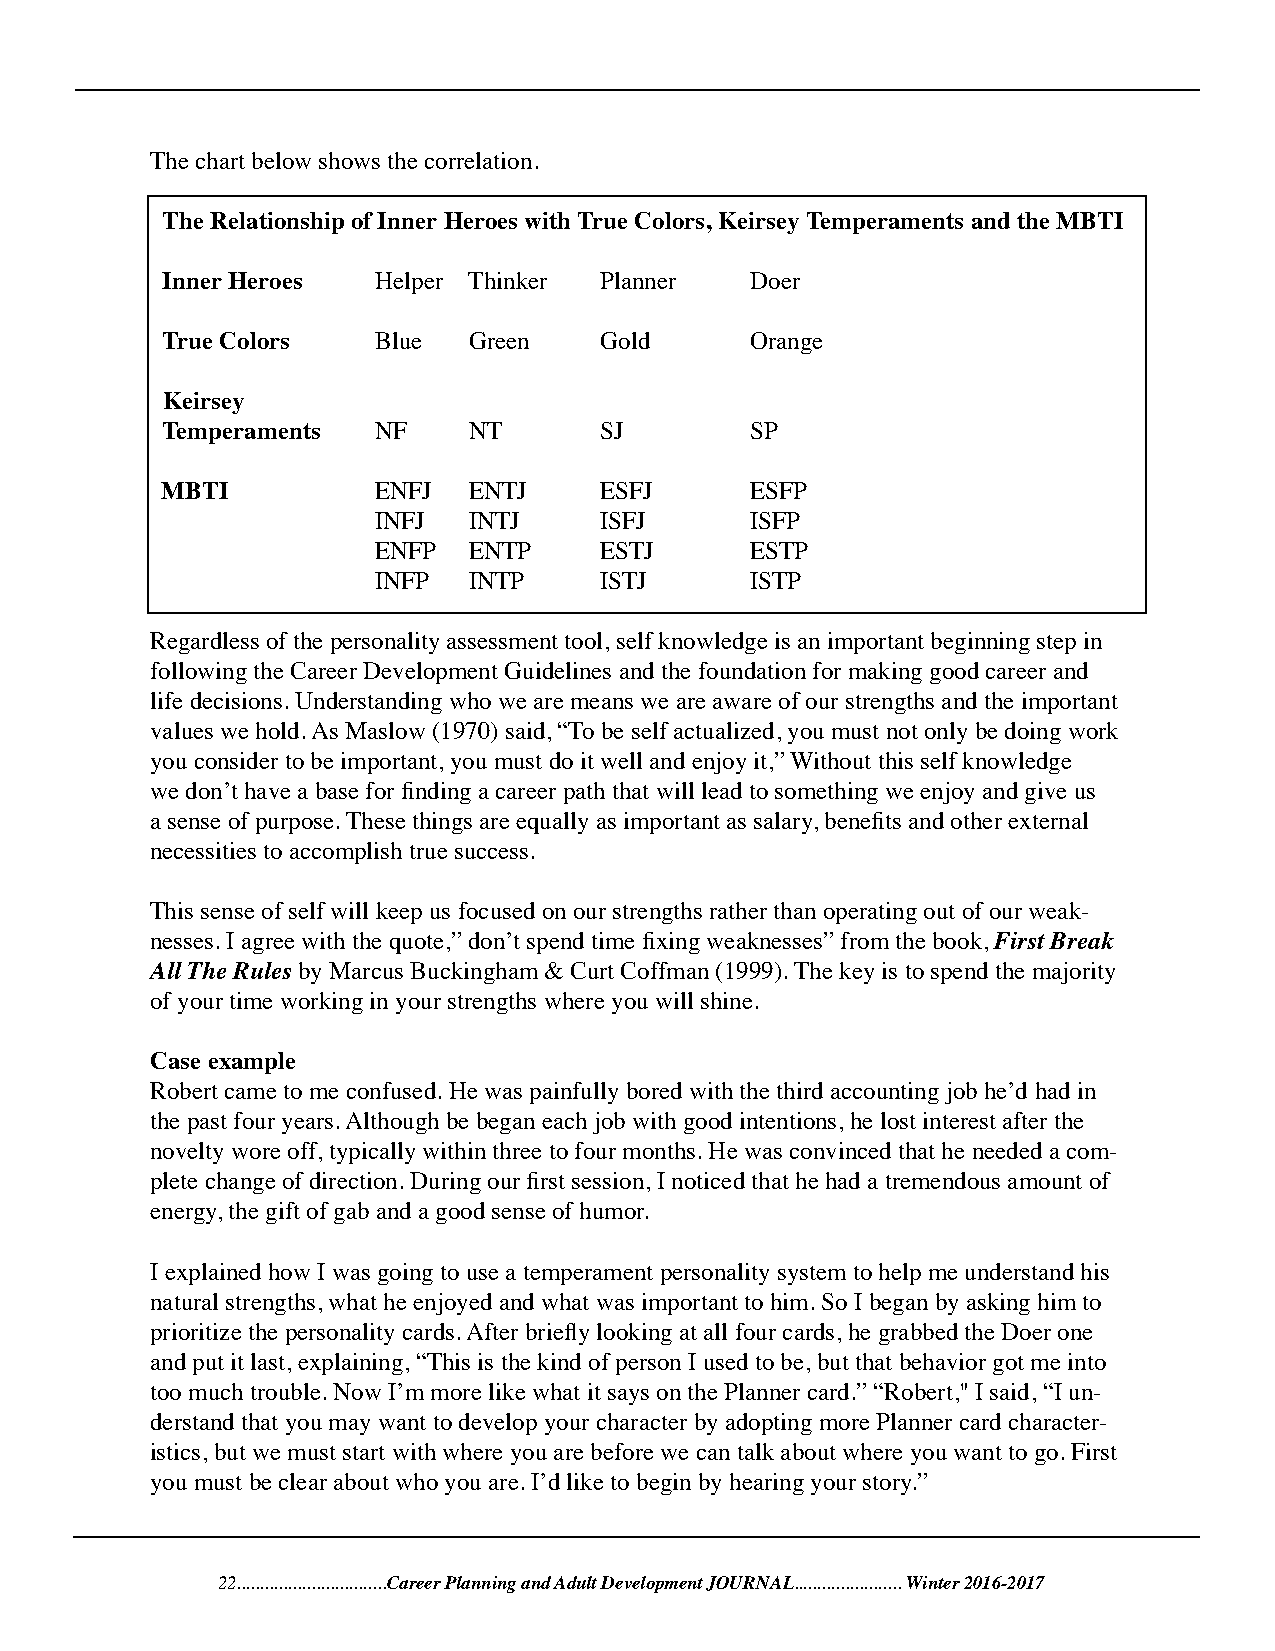
The chart below shows the correlation.
 The Relationship of Inner Heroes with True Colors, Keirsey Temperaments and the MBTI
 Inner Heroes  Helper Thinker Planner   Doer
 True Colors   Blue  Green    Gold      Orange
 Keirsey
 Temperaments  NF    NT       SJ        SP
 MBTI          ENFJ  ENTJ     ESFJ      ESFP
 INFJ  INTJ     ISFJ      ISFP
 ENFP  ENTP     ESTJ      ESTP
 INFP  INTP     ISTJ      ISTP
 Regardless of the personality assessment tool, self knowledge is an important beginning step in
 following the Career Development Guidelines and the foundation for making good career and
 life decisions. Understanding who we are means we are aware of our strengths and the important
 values we hold. As Maslow (1970) said, “To be self actualized, you must not only be doing work
 you consider to be important, you must do it well and enjoy it,” Without this self knowledge
 we don’t have a base for finding a career path that will lead to something we enjoy and give us
 a sense of purpose. These things are equally as important as salary, benefits and other external
 necessities to accomplish true success.
 This sense of self will keep us focused on our strengths rather than operating out of our weak-
 nesses. I agree with the quote,” don’t spend time fixing weaknesses” from the book, First Break
 All The Rules by Marcus Buckingham & Curt Coffman (1999). The key is to spend the majority
 of your time working in your strengths where you will shine.
 Case example
 Robert came to me confused. He was painfully bored with the third accounting job he’d had in
 the past four years. Although be began each job with good intentions, he lost interest after the
 novelty wore off, typically within three to four months. He was convinced that he needed a com-
 plete change of direction. During our first session, I noticed that he had a tremendous amount of
 energy, the gift of gab and a good sense of humor.
 I explained how I was going to use a temperament personality system to help me understand his
 natural strengths, what he enjoyed and what was important to him. So I began by asking him to
 prioritize the personality cards. After briefly looking at all four cards, he grabbed the Doer one
 and put it last, explaining, “This is the kind of person I used to be, but that behavior got me into
 too much trouble. Now I’m more like what it says on the Planner card.” “Robert," I said, “I un-
 derstand that you may want to develop your character by adopting more Planner card character-
 istics, but we must start with where you are before we can talk about where you want to go. First
 you must be clear about who you are. I’d like to begin by hearing your story.”
 22................................Career Planning and Adult Development JOURNAL....................... Winter 2016-2017